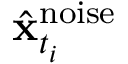
\hat { \mathbf { x } } _ { t _ { i } } ^ { \mathrm { n o i s e } }